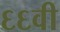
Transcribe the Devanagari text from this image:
६६वी